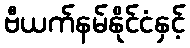
ဗီယက်နမ်နိုင်ငံနှင့်